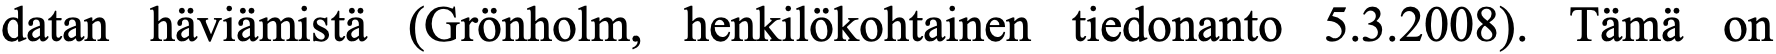
datan häviämistä (Grönholm, henkilökohtainen tiedonanto 5.3.2008). Tämä on